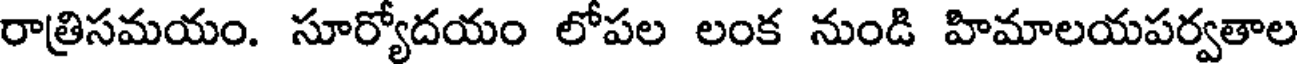
రాత్రిసమయం. సూర్యోదయం లోపల లంక నుండి హిమాలయపర్వతాల